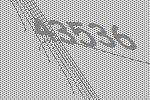
43536